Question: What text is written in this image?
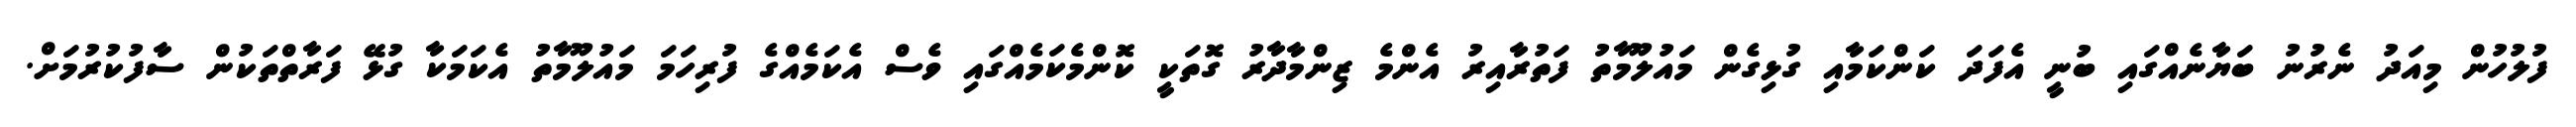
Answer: ފުލުހުން މިއަދު ނެރުނު ބަޔާނެއްގައި ބުނީ އެފަދަ ކަންކަމާއި ގުޅިގެން މައުލޫމާތު ފަތުރާއިރު އެންމެ ޒިންމާދާރު ގޮތަކީ ކޮންމެކަމެއްގައި ވެސް އެކަމެއްގެ ފުރިހަމަ މައުލޫމާތު އެކަމަކާ ގުޅޭ ފަރާތްތަކުން ސާފުކުރުމަށް.